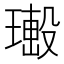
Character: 𤩚